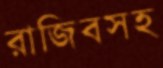
রাজিবসহ